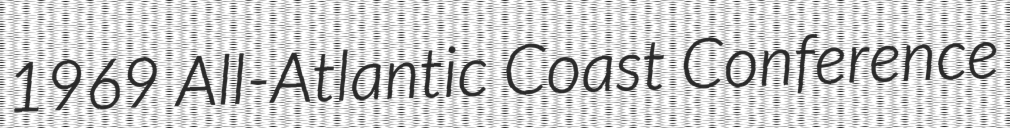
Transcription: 1969 All-Atlantic Coast Conference